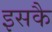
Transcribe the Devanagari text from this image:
इसकै